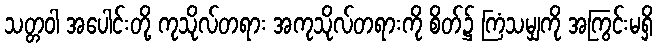
သတ္တဝါ အပေါင်းတို့ ကုသိုလ်တရား အကုသိုလ်တရားကို စိတ်၌ ကြံသမျှကို အကြွင်းမရှိ